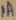
Text: 1A